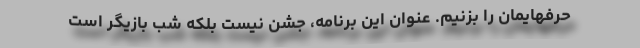
حرفهایمان را بزنیم. عنوان این برنامه، جشن نیست بلکه شب بازیگر است